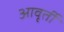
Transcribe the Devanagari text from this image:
आवृर्ती